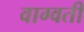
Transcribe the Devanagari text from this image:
वाग्वती